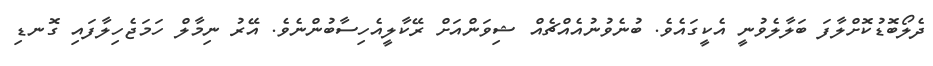
ދެލޯބޮޑުކޮށްލާފަ ބަލާލެވުނީ އެކީގައެވެ. ބުނެވުނުއެއްޗެއް ޝިވަންއަށް ރޭކާލީއެހިސާބުންނެވެ. އޭރު ނިމާލް ހަމަޖެހިލާފައި ގޮނޑި